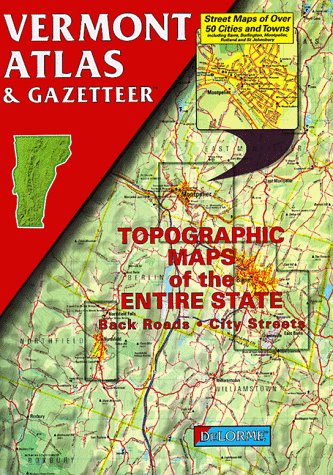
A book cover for Vermont Atlas & Gazetteer; DeLorme; Travel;